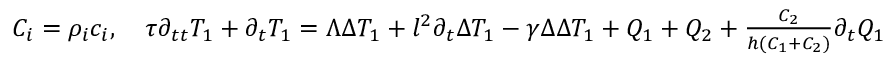
\begin{array} { r } { C _ { i } = \rho _ { i } c _ { i } , \quad \tau \partial _ { t t } T _ { 1 } + \partial _ { t } T _ { 1 } = \Lambda \Delta T _ { 1 } + l ^ { 2 } \partial _ { t } \Delta T _ { 1 } - \gamma \Delta \Delta T _ { 1 } + Q _ { 1 } + Q _ { 2 } + \frac { C _ { 2 } } { h ( C _ { 1 } + C _ { 2 } ) } \partial _ { t } Q _ { 1 } - \frac { \lambda _ { 2 } } { h ( C _ { 1 } + C _ { 2 } ) } \Delta Q _ { 1 } } \end{array}